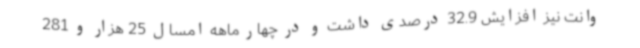
وانت نیز افزایش 32.9 درصدی داشت و در چهار ماهه امسال 25 هزار و 281